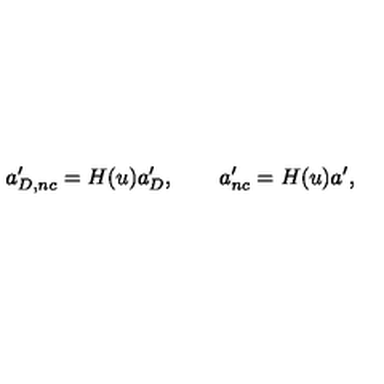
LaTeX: a _ { D , n c } ^ { \prime } = H ( u ) a _ { D } ^ { \prime } , \qquad a _ { n c } ^ { \prime } = H ( u ) a ^ { \prime } ,